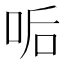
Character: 㖃